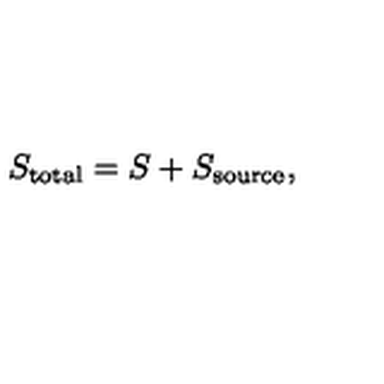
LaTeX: S _ { \mathrm { t o t a l } } = S + S _ { \mathrm { s o u r c e } } ,